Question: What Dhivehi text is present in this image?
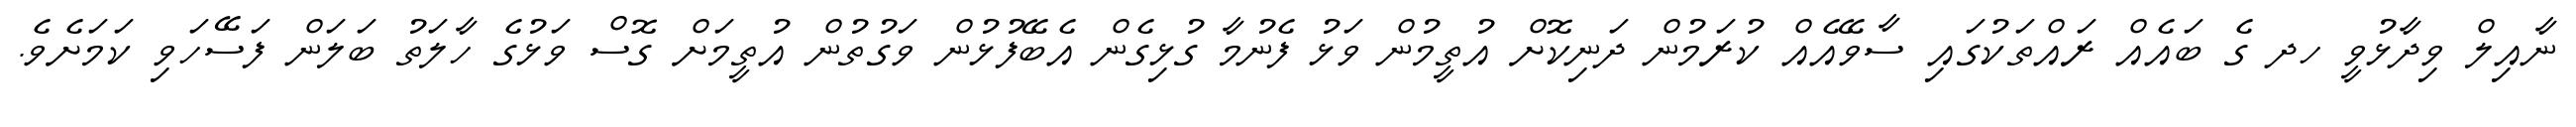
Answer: ނާއިލް ވިދާޅުވީ ހދ ގެ ބައެއް ރައްތަކުގައި ސާވޭއެއް ކުރަމުން ދަނިކޮށް އުތީމުން ވަޅު ފެނުމާ ގުޅިގެން އެބޭފުޅުން ވަގުތުން އުތީމަށް ގޮސް ވަޅުގެ ހާލަތު ބަލަން ފަސޭހަވި ކަމަށެވެ.